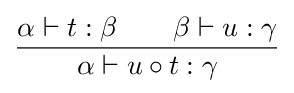
{\frac {\alpha \vdash t:\beta \qquad \beta \vdash u:\gamma }{\alpha \vdash u\circ t:\gamma }}